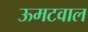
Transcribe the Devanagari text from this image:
ऊमटवाल